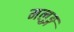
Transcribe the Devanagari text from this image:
मलुङ्ग